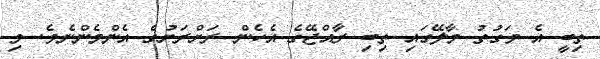
ތިބީ އެ ވަގުތު މާލޭގައި ތިބި ރާއްޖޭގެ އެހެން ރަށްރަށުގެ އެންމެންނެވެ. މި